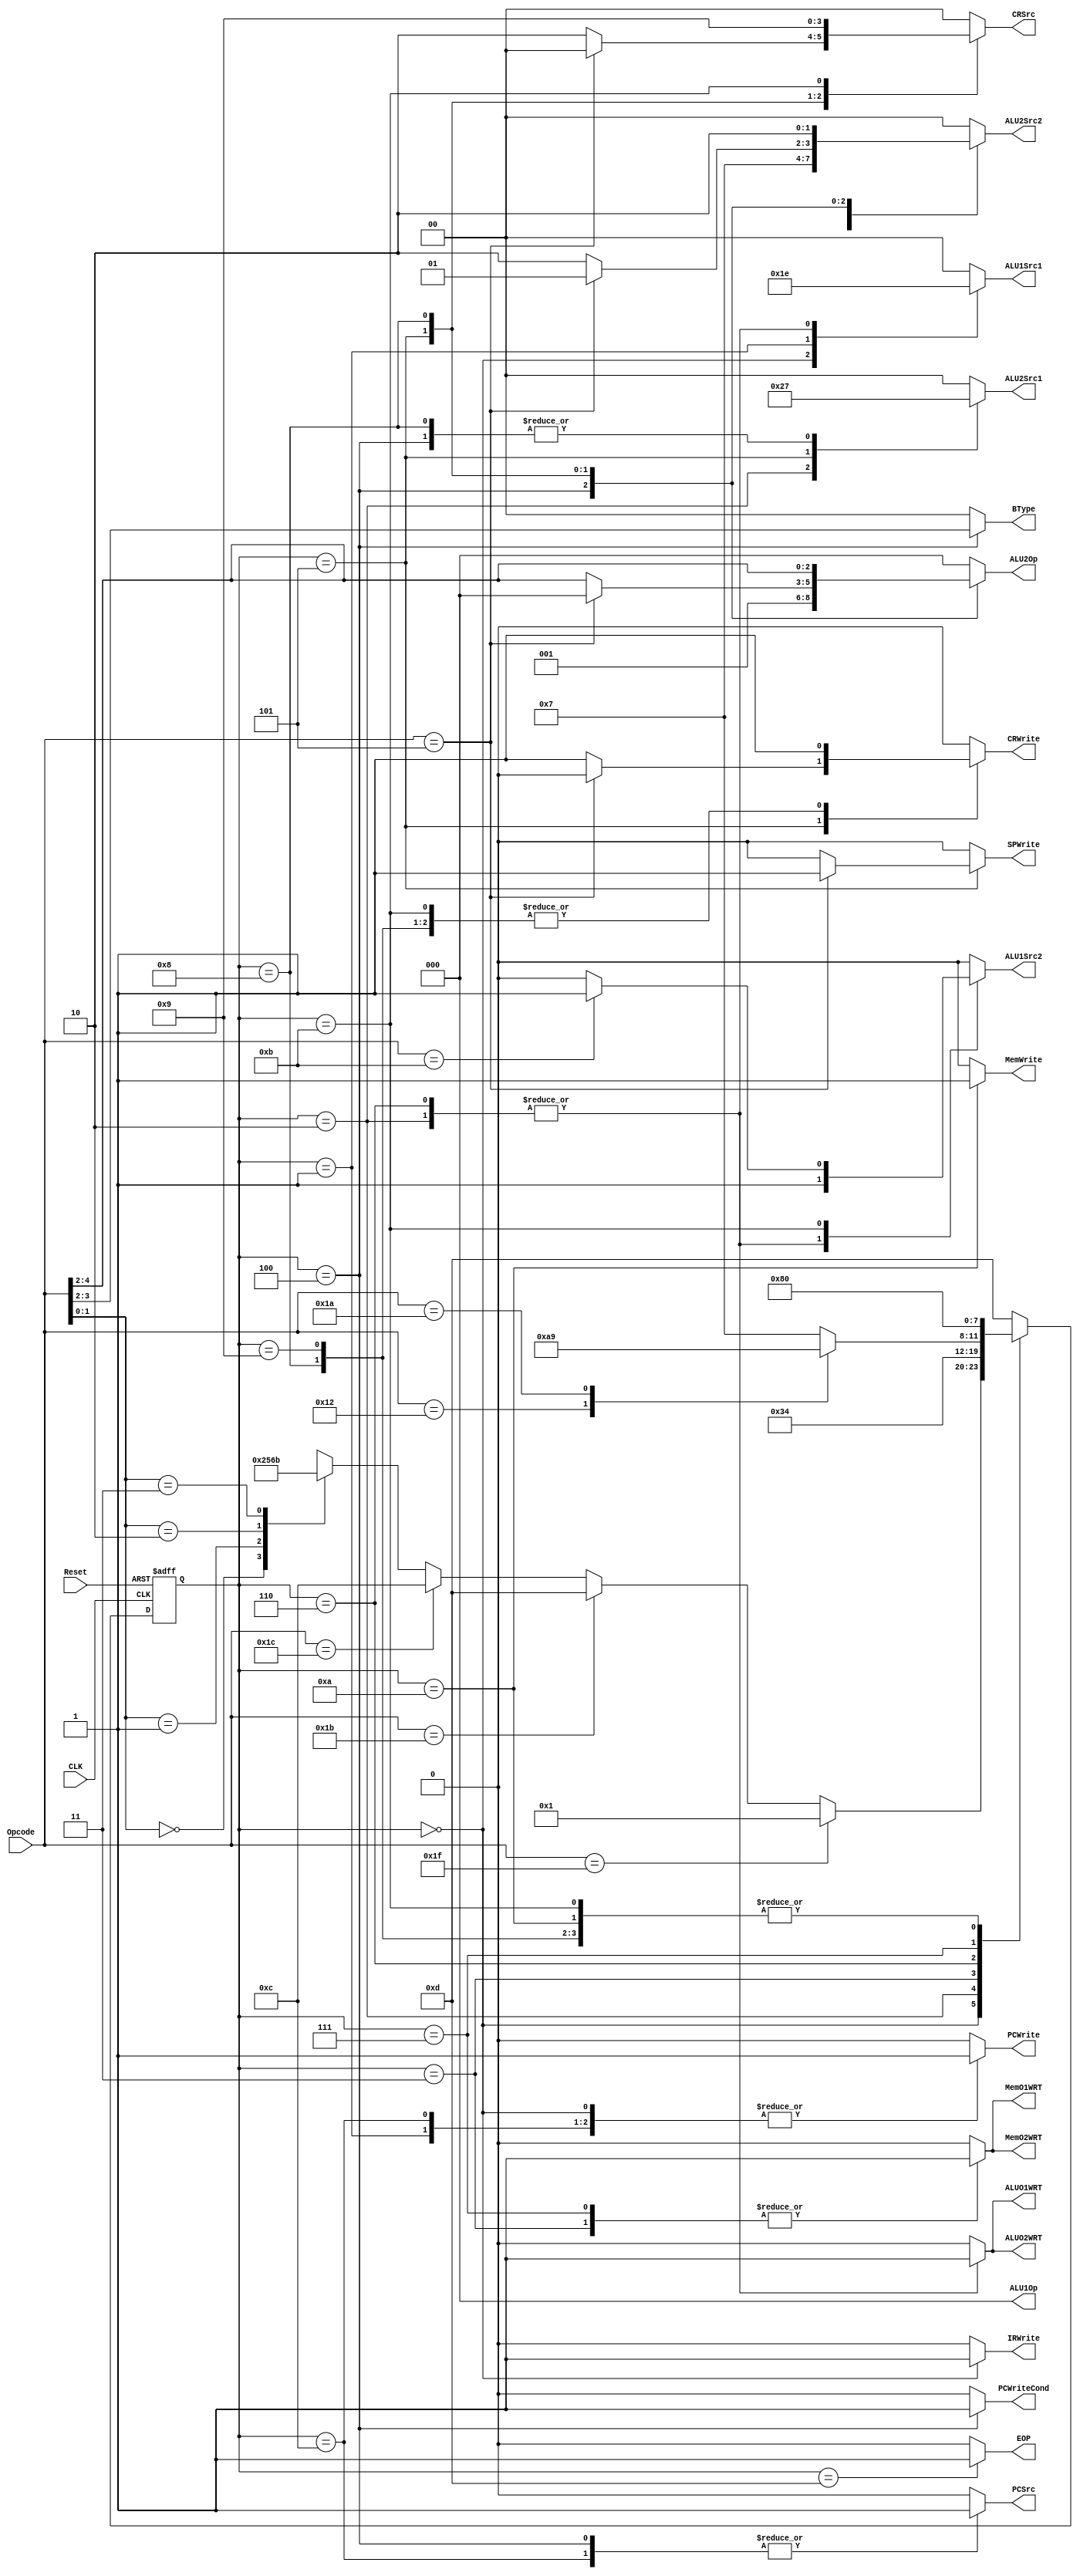
`timescale 1ns / 100ps

module ControlUnit (
	output reg[2:0] ALU1Op,
	output reg[2:0] ALU2Op,
	output reg[1:0] ALU1Src1,
  output reg		 ALU1Src2,
	output reg[1:0] ALU2Src1,
  output reg[1:0] ALU2Src2,
	
  output reg	    PCSrc,
	output reg      PCWrite,
	output reg 		 PCWriteCond,
	
	output reg[1:0] CRSrc,
	output reg      CRWrite,
	
	output reg      SPWrite,
	output reg      MemWrite,
  output reg      IRWrite,
  output reg      ALUO1WRT,
  output reg      ALUO2WRT,
  output reg      MemO1WRT,
  output reg      MemO2WRT,
  output reg[1:0]  BType,
  output reg       EOP,
  input [4:0]  Opcode,
  input        CLK,
  input        Reset
);


   //state flip-flops
reg [3:0]    current_state;
reg [3:0]    next_state;

   //state definitions
parameter    Fetch = 0;
parameter    PC_Rel_Branch = 1;
parameter    Cond_Branch_Execute = 2;
parameter    Cond_Branch_Mem = 3;
parameter    Cond_Branch_WB = 4;
parameter    ALU_C = 5;
parameter    ALU_S_Execute = 6;
parameter    ALU_S_Mem = 7;
parameter    ALU_S_WB = 8;
parameter    ALU_S_LDS = 9;
parameter    ALU_S_WRS = 10;
parameter    Reg_To_Reg = 11;
parameter    Abs_Branch = 12;
parameter    End = 13;
//input PCWriteManual,
//	input IRWriteManual,
//	input RST,
//	input CLK,
//	input [15:0] PCQ,
//	input MemWriteManual,
//	output [2:0] ALU1Op,
//	output [2:0] ALU2Op,
//	output [1:0] ALU1Src1,
//   output 		 ALU1Src2,
//	output [1:0] ALU2Src1,
//   output [1:0] ALU2Src2,
//	
//   output 	    PCSrc,
//	output       PCWrite,
//	output  		 PCWriteCond,
//	
//	output [1:0] CRSrc,
//	output       CRWrite,
//	
//	output       SPWrite,
//	
//  output       MemWrite,
//  output       RegWrite,
//
//  output       IRWrite,
   //register calculation
always @ (negedge CLK, posedge Reset) begin
  if (Reset)
    current_state = Fetch;
  else 
    current_state = next_state;
end


   //OUTPUT signals for each state (depends on current state)
always @ (current_state) begin
        //Reset all signals that cannot be don't cares
  PCWrite = 0; 
  CRWrite = 0;
  SPWrite = 0;
  MemWrite = 0; 
  IRWrite = 0; 
  PCWrite = 0;
  PCWriteCond = 0;
  BType = 0;
	ALU1Src1 = 0;
	ALU1Src2 = 0;
	ALU2Src1 = 0;
	ALU2Src2 = 0;
	ALU1Op = 0;
	ALU2Op = 0;
	CRSrc = 0;
	PCSrc = 0;
	EOP = 0;
	ALUO1WRT = 0;
	ALUO2WRT = 0;
	MemO1WRT = 0;
	MemO2WRT = 0;
		  
		  
        
  case (current_state)
          
	 End:
		begin
			EOP = 1;
		end
		
	
    Fetch:
      begin     
        IRWrite =  1;
					
        ALU1Src1 = 1;
        ALU1Src2 = 0;
        ALU1Op = 0;

        PCWrite = 1;
        PCSrc = 0;
      end 
                         
    PC_Rel_Branch:
      begin
        PCWrite = 1;
        ALU1Src1 = 3;
        ALU1Src2 = 0;
        ALU1Op = 0;
        PCSrc = 0;
      end
				
		Abs_Branch:
			begin
				PCWrite = 1;
				PCSrc = 1;
			end
        
    Cond_Branch_Execute:
      begin
        ALU1Src1 = 2;
        ALU1Src2 = 1;
        ALU1Op = 0;
					
		    ALU2Src1 = 2;
			  ALU2Src2 = 1;
		ALUO1WRT = 1;
		ALUO2WRT = 1;
        ALU2Op = 0;
      end
				
	  Cond_Branch_Mem:
      begin
        MemO1WRT = 1;
		MemO2WRT = 1;
      end
				
		Cond_Branch_WB:
      begin
        ALU2Src1 = 3;
				ALU2Src2 = 3;
        ALU2Op = 1;
				BType = Opcode[3:2];
				PCSrc = 1;
				PCWriteCond = 1;
      end
        
    ALU_C:
      begin
			  if (Opcode == 'b00101) begin
					//addcsp
				  SPWrite = 1;
					ALU2Src1 = 1;
					ALU2Src2 = 1;
					ALU2Op = 0;
				end else begin
          CRWrite = 1;
          CRSrc = 2;
          ALU2Src1 = 1;
          ALU2Src2 = 2;              
          ALU2Op = Opcode[4:2];
				end
      end
        
    ALU_S_Execute:
      begin
        ALU1Src1 = 2;
        ALU1Src2 = 1;
        ALU1Op = 0;
		ALUO1WRT = 1;
		ALUO2WRT = 1;
      end
        
    ALU_S_Mem:
      begin
		  	MemO1WRT = 1;
			MemO2WRT = 1;
      end
          
    ALU_S_WB:
      begin
        CRWrite = 1;
	      CRSrc = 2;
		    ALU2Src1 = 3;
		    ALU2Src2 = 2;
			  ALU2Op = Opcode[4:2];
      end
				
		ALU_S_LDS:
      begin
        CRWrite = 1;
        CRSrc = 0;	
      end
          
		ALU_S_WRS:
      begin
        MemWrite = 1;
      end	
				
		Reg_To_Reg:
      begin
        CRWrite = 1;
				CRSrc = 1;
		    ALU1Src1 = 0;
        case (Opcode)
          5'b00111:
            begin
              ALU1Src2 = 0;
            end
          5'b01011:
            begin
              ALU1Src2 = 1;
            end
        endcase
      end
        
        
      default:
        begin //$display ("not implemented"); 
		end
  
  endcase

end
                
   //NEXT STATE calculation (depends on current state and Opcode)       
always @ (current_state, next_state, Opcode)
  begin         

  //$display("The current state is %d", current_state);
        
        case (current_state)
          
          
          Fetch: 
            begin       
                //$display("The Opcode is %d", Opcode);
               
                if (Opcode == 'b11111) begin
                  next_state = PC_Rel_Branch;
                  //$display("The next state is PC_Rel_Branch");
                end else if (Opcode == 'b11011) begin
						next_state = End;
				end else if (Opcode == 'b11100) begin
                next_state = Abs_Branch;
                //$display("The next state is Ans_Branch");
                end else begin
                      case (Opcode[1:0])

                        2'b00:
                        begin
                            next_state = Cond_Branch_Execute;
                            //$display("The next state is Cond_Branch_Execute");
                        end
                        2'b01:
                          begin
                              next_state = ALU_C;
                              //$display("The next state is ALU_C");
                          end
                        2'b10:
                          begin
                              next_state = ALU_S_Execute;
                              //$display("The next state is ALU_S_Execute");
                          end
                        2'b11:
                          begin next_state = Reg_To_Reg;
                              //$display("The next state is Reg_To_Reg");
                          end
                        default:
                          begin 
                              //$display(" Wrong Opcode %d ", Opcode);  
                              next_state = Fetch; 
                        end

                      endcase

                end

                //$display("In Decode, the next_state is %d", next_state);
              end
          
          PC_Rel_Branch:
            begin
               next_state = Fetch;
               //$display("In PC_Rel_Branch, the next_state is %d", next_state);
            end
				
			Abs_Branch:
				begin
					next_state = Fetch;
					//$display("In Abs_Branch, the next state is %d", next_state);
				end
          
          Cond_Branch_Execute:
            begin
               next_state = Cond_Branch_Mem;
               //$display("In Cond_Branch_Execute, the next_state is %d", next_state);
            end
				
			 Cond_Branch_Mem:
            begin
               next_state = Cond_Branch_WB;
               //$display("In Cond_Branch_Mem, the next_state is %d", next_state);
            end				
				
			 Cond_Branch_WB:
            begin
               next_state = Fetch;
					//$display("In Cond_Branch_WB, the next_state is %d", next_state);
				end
				
			 ALU_C:
            begin
               next_state = Fetch;
               //$display("In ALU_C, the next_state is %d", next_state);
            end
				
			 ALU_S_Execute:
				 case (Opcode)
                 5'b10010:
                   begin
                      next_state = ALU_S_WRS;
                      //$display("The next state is ALU_S_WRS");
                   end
                 5'b11010:
                   begin
                      next_state = ALU_S_LDS;
                      //$display("The next state is ALU_S_LDS");
                   end
                 default:
                   begin
                      next_state = ALU_S_Mem;
                      //$display("The next state is ALU_S_Mem");
                   end
					endcase
				
			 ALU_S_Mem:
            begin
               next_state = ALU_S_WB;
               //$display("In ALU_S_Mem, the next_state is %d", next_state);
            end
				
			 ALU_S_WB:
            begin
               next_state = Fetch;
               //$display("In ALU_S_WB, the next_state is %d", next_state);
            end
				
			 ALU_S_LDS:
            begin
               next_state = Fetch;
               //$display("In ALU_S_LDS, the next_state is %d", next_state);
            end
				
			 ALU_S_WRS:
            begin
               next_state = Fetch;
               //$display("In ALU_S_WRS, the next_state is %d", next_state);
            end
				
			 Reg_To_Reg:
            begin
               next_state = Fetch;
               //$display("In Reg_To_Reg, the next_state is %d", next_state);
            end
			
			 End:
				begin
					next_state = End;
				end
          
          default:
            begin
               //$display(" Not implemented!");
               next_state = End;
            end
          
        endcase
        
        //$display("After the tests, the next_state is %d", next_state);
                
     end

endmodule